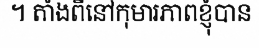
។ តាំងពីនៅកុមារភាពខ្ញុំបាន